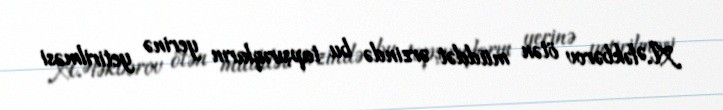
A.Ələkbərov ötən müddət ərzində bu tapşırıqların yerinə yetirilməsi